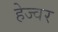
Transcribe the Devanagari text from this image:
हेज्वर